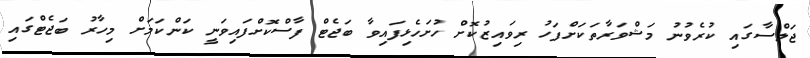
ޖަލްސާގައި ކުރެވުނު މަޝްވަރާތަކަށްފަހު ރިވައިޒުކޮށް ހުށަހެޅިފައިވާ ބަޖެޓް ފާސްކޮށްފައިވަނީ ކަންކަމަށް މިހާރު ބަޖެޓްގައި